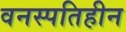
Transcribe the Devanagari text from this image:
वनस्पतिहीन